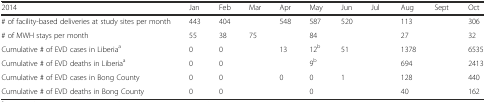
<table><thead><tr><td><b>2014</b></td><td><b>Jan</b></td><td><b>Feb</b></td><td><b>Mar</b></td><td><b>Apr</b></td><td><b>May</b></td><td><b>Jun</b></td><td><b>Jul</b></td><td><b>Aug</b></td><td><b>Sept</b></td><td><b>Oct</b></td></tr></thead><tbody><tr><td># of facility-based deliveries at study sites per month</td><td>443</td><td>404</td><td>[EMPTY_CELL]</td><td>548</td><td>587</td><td>520</td><td>[EMPTY_CELL]</td><td>113</td><td>[EMPTY_CELL]</td><td>306</td></tr><tr><td># of MWH stays per month</td><td>55</td><td>38</td><td>75</td><td>[EMPTY_CELL]</td><td>84</td><td>[EMPTY_CELL]</td><td>[EMPTY_CELL]</td><td>27</td><td>[EMPTY_CELL]</td><td>32</td></tr><tr><td>Cumulative # of EVD cases in Liberia<sup>a</sup></td><td>0</td><td>0</td><td>[EMPTY_CELL]</td><td>13</td><td>12<sup>b</sup></td><td>51</td><td>[EMPTY_CELL]</td><td>1378</td><td>[EMPTY_CELL]</td><td>6535</td></tr><tr><td>Cumulative # of EVD deaths in Liberia<sup>a</sup></td><td>0</td><td>0</td><td>[EMPTY_CELL]</td><td>[EMPTY_CELL]</td><td>9<sup>b</sup></td><td>[EMPTY_CELL]</td><td>[EMPTY_CELL]</td><td>694</td><td>[EMPTY_CELL]</td><td>2413</td></tr><tr><td>Cumulative # of EVD cases in Bong County</td><td>0</td><td>0</td><td>[EMPTY_CELL]</td><td>0</td><td>0</td><td>1</td><td>[EMPTY_CELL]</td><td>128</td><td>[EMPTY_CELL]</td><td>440</td></tr><tr><td>Cumulative # of EVD deaths in Bong County</td><td>0</td><td>0</td><td>[EMPTY_CELL]</td><td>[EMPTY_CELL]</td><td>0</td><td>[EMPTY_CELL]</td><td>[EMPTY_CELL]</td><td>40</td><td>[EMPTY_CELL]</td><td>162</td></tr></tbody></table>